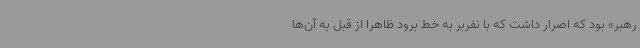
رهبر» بود که اصرار داشت که با نفربر به خط برود ظاهراً از قبل به آن‌ها